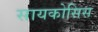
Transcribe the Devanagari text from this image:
सायकोसिस